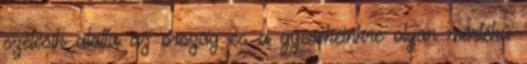
szétesik alatta az ország és a gyerekeinkre olyan mértékű